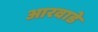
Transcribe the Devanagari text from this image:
आरवाडे